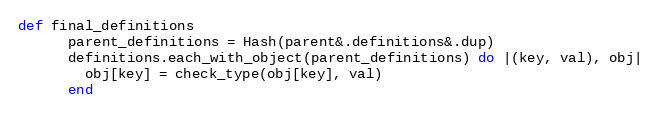
Language: Ruby
def final_definitions
      parent_definitions = Hash(parent&.definitions&.dup)
      definitions.each_with_object(parent_definitions) do |(key, val), obj|
        obj[key] = check_type(obj[key], val)
      end